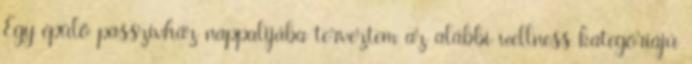
Egy épülő passzívház nappalijába terveztem az alábbi wellness kategóriájú